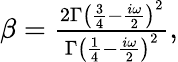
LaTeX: \begin{array}{r}{\beta=\frac{2\Gamma\left(\frac{3}{4}-\frac{i\omega}{2}\right)^{2}}{\Gamma\left(\frac{1}{4}-\frac{i\omega}{2}\right)^{2}},}\end{array}